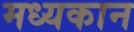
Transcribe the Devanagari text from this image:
मध्यकान